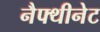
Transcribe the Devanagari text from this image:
नैफ्थीनेट